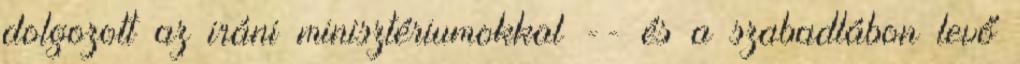
dolgozott az iráni minisztériumokkal -- és a szabadlábon levő